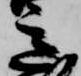
意